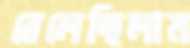
বেলেছিলাম